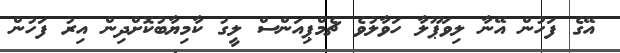
އޭގެ ފަހުން އޭނާ ލިވަޕޫލާ ހަވާލުވެ ޗެމްޕިއަންސް ލީގު ކާމިޔާބުކޮށްދިން އިރު ފަހުން